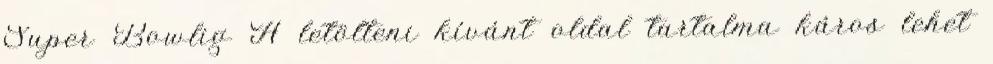
Super Bowlig A letölteni kívánt oldal tartalma káros lehet